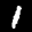
Label: 1